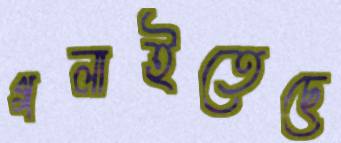
গলাইতেছে